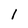
Character: l